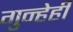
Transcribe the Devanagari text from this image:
गुन्हेही